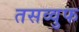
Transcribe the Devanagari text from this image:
तसव्‍वुफ